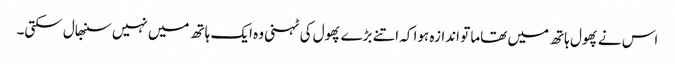
اس نے پھول ہاتھ میں تھاما تو اندازہ ہوا کہ اتنے بڑے پھول کی ٹہنی وہ ایک ہاتھ میں نہیں سنبھال سکتی۔